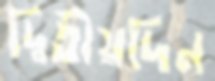
দ্বিতীয়দিন